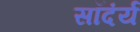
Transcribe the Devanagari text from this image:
सॉदंर्य